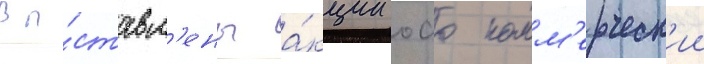
Вы́ставл'ены а́кции оао комм'ерческ'ии